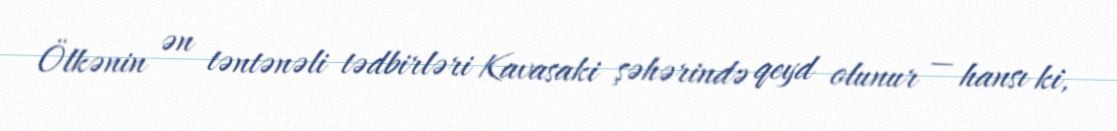
Ölkənin ən təntənəli tədbirləri Kavasaki şəhərində qeyd olunur — hansı ki,